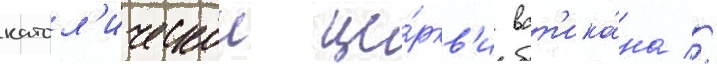
катол'ическои це́ркв'и ват'ика́на //